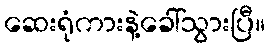
ဆေးရုံကားနဲ့ခေါ်သွားပြီ။